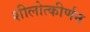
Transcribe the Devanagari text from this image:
शीलोत्कीर्णन